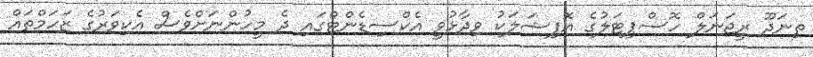
ތިނަދޫ ރީޖަނަލް ހޮސްޕިޓަލުގެ އޮފިޝަލަކު ވިދާޅުވީ އެކްސިޑެންޓްގައި ދެ މީހުންނަށްވެސް އެކިވަރުގެ ޒަހަމްތައް